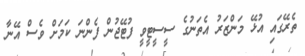
ތެރޭގައި އުޅޭ މަންޒަރު އެތަނުގެ ސީސީޓީވީ ފުޓޭޖުން ފެންނަ ކަމަށް ވެސް އޭނާ